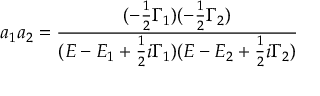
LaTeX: a _ { 1 } a _ { 2 } = { \frac { ( - { \frac { 1 } { 2 } } \Gamma _ { 1 } ) ( - { \frac { 1 } { 2 } } \Gamma _ { 2 } ) } { ( E - E _ { 1 } + { \frac { 1 } { 2 } } i \Gamma _ { 1 } ) ( E - E _ { 2 } + { \frac { 1 } { 2 } } i \Gamma _ { 2 } ) } }